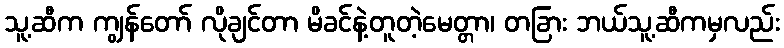
သူ့ဆီက ကျွန်တော် လိုချင်တာ မိခင်နဲ့တူတဲ့မေတ္တာ၊ တခြား ဘယ်သူ့ဆီကမှလည်း